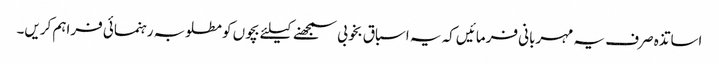
اساتذہ صرف یہ مہربانی فرمائیں کہ یہ اسباق بخوبی سمجھنے کیلئے بچوں کو مطلوبہ رہنمائی فراہم کریں۔